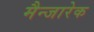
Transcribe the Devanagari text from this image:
मैन्जारेक